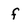
Character: f